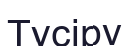
Түсіру